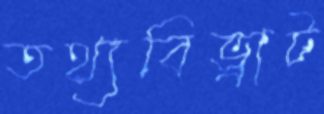
তথ্যবিভ্রাট